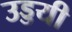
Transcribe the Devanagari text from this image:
उड्डयी